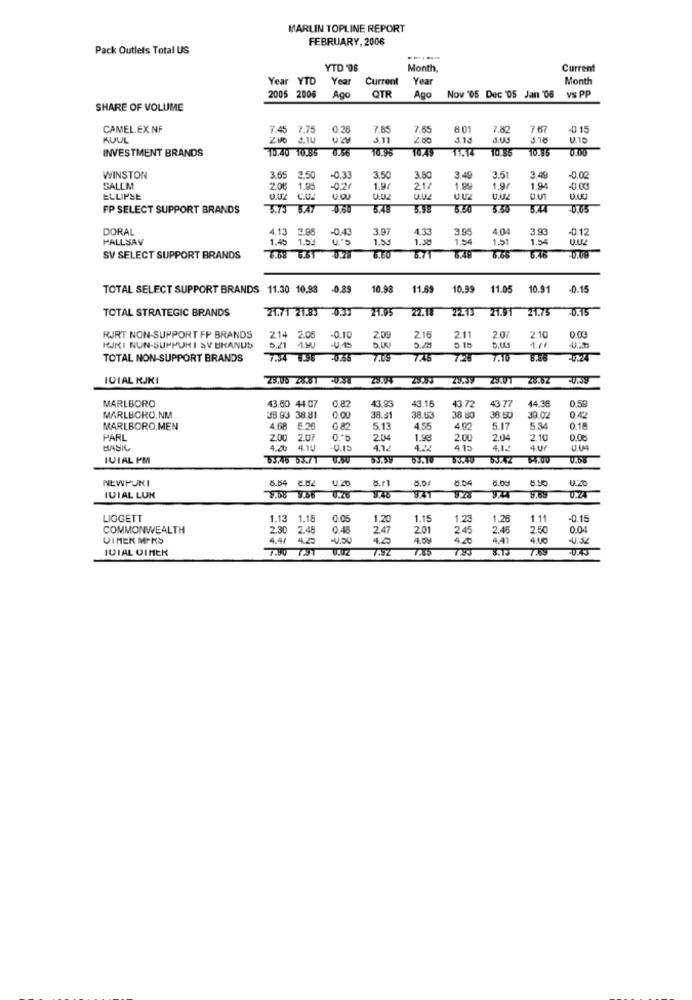
MARLIN TOPLINE REPORT
FEBRUARY, 2006
Pack Outlets Total US
YTD '06
Month,
Current
Year YTD
Year
Current
Year
Month
OTR
2005 2006
Ago
Ago
Nov '05 Dec '05 Jan '06 vs PP
SHARE OF VOLUME
CAMEL.EX.NF
7.45 7.75
0 26
7.85
7.65
8.01
7.82
7.67
-0.15
KUUL
4.10
5.11
200
J.18
INVESTMENT BRANDS
10.40 10.86
0.56
T1.14
10.85
0.00
WINSTON
3.65
3.65 3.50
3.50
-0.33
3.50
3.80
3.49
3.51
3.45
-0.00
SALEM
2.06 1.95
1.95
-0.2/
1.9/
21/
1.99
1,9/
1.94
-0.00
ECLIPSE
U.U1
FP SELECT SUPPORT BRANDS
5.73 5.47
0.60
5.48
5.50
5.44
-0.65
DORAL
4.13
3.95
-0.4
3.97
4.33
39
4.04
3.9
0.12
FALLSAV
1.45
1.53
1.53
1.38
1.54
1.21
1.54
6.65
SV SELECT SUPPORT BRANDS
6.46
TOTAL SELECT SUPPORT BRANDS 11.30 10.93 -0.89
10.98
11.89
10.99
11.05
10.91
-0.15
TOTAL STRATEGIC BRANDS
21.71 21.83 0.33
ZT.95
22.18
21.91
21.75
20.15
RJRT NON-SUPPORT FP BRANDS
2.14 2.06
0.10
2.00
2.16
211
207
2.10
0.03
KIKI NUN-SUPPURI SY URANUS
5.21 1.WU
0.15
5.15
5.UL
1/1
TOTAL NON-SUPPORT BRANDS
7:34 6.98
7.09
745
726
7.10
-024
ICIAL RJKI
23.06 28:81
28.6Z
MARLBORO
43.60 44.07
43.93
43.15
43 7
0.59
43.72
44.38
MARLBORO.NM
38.93 38.81
38.31
38.63
38 B
38 80
30.02
0.42
MARLBORO.MEN
4.68 5.26
0.82
5.13
4.55
4 02
5.17
5.34
0.18
PARL
200
207
2.04
1.98
2.00
2.04
2.10
0.08
BASIL
4.10
4.12
415
4.12
4 01
IVIAL PM
0.50
63.10
53.47
NEWPOKI
8.84 4.62
8.04
6.00
IUIAL LUK
8.08 9.66
U.Z6
U.Z4
LIGGETT
1.13 1.18
1.18
0.05
1.20
1.15
1.2
1.28
1.11
-0.15
COMMONWEALTH
230
2.48
0.4
2.47
201
2.45
2.45
2.50
0.04
VIMEK MIKS
4.41
4.59
4.20
4.41
-4.52
IVIAL OIMEK
3.73
7.89